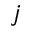
j